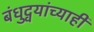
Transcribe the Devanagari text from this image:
बंधुद्वयांच्याही